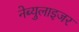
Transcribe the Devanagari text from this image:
नेब्युलाइजर